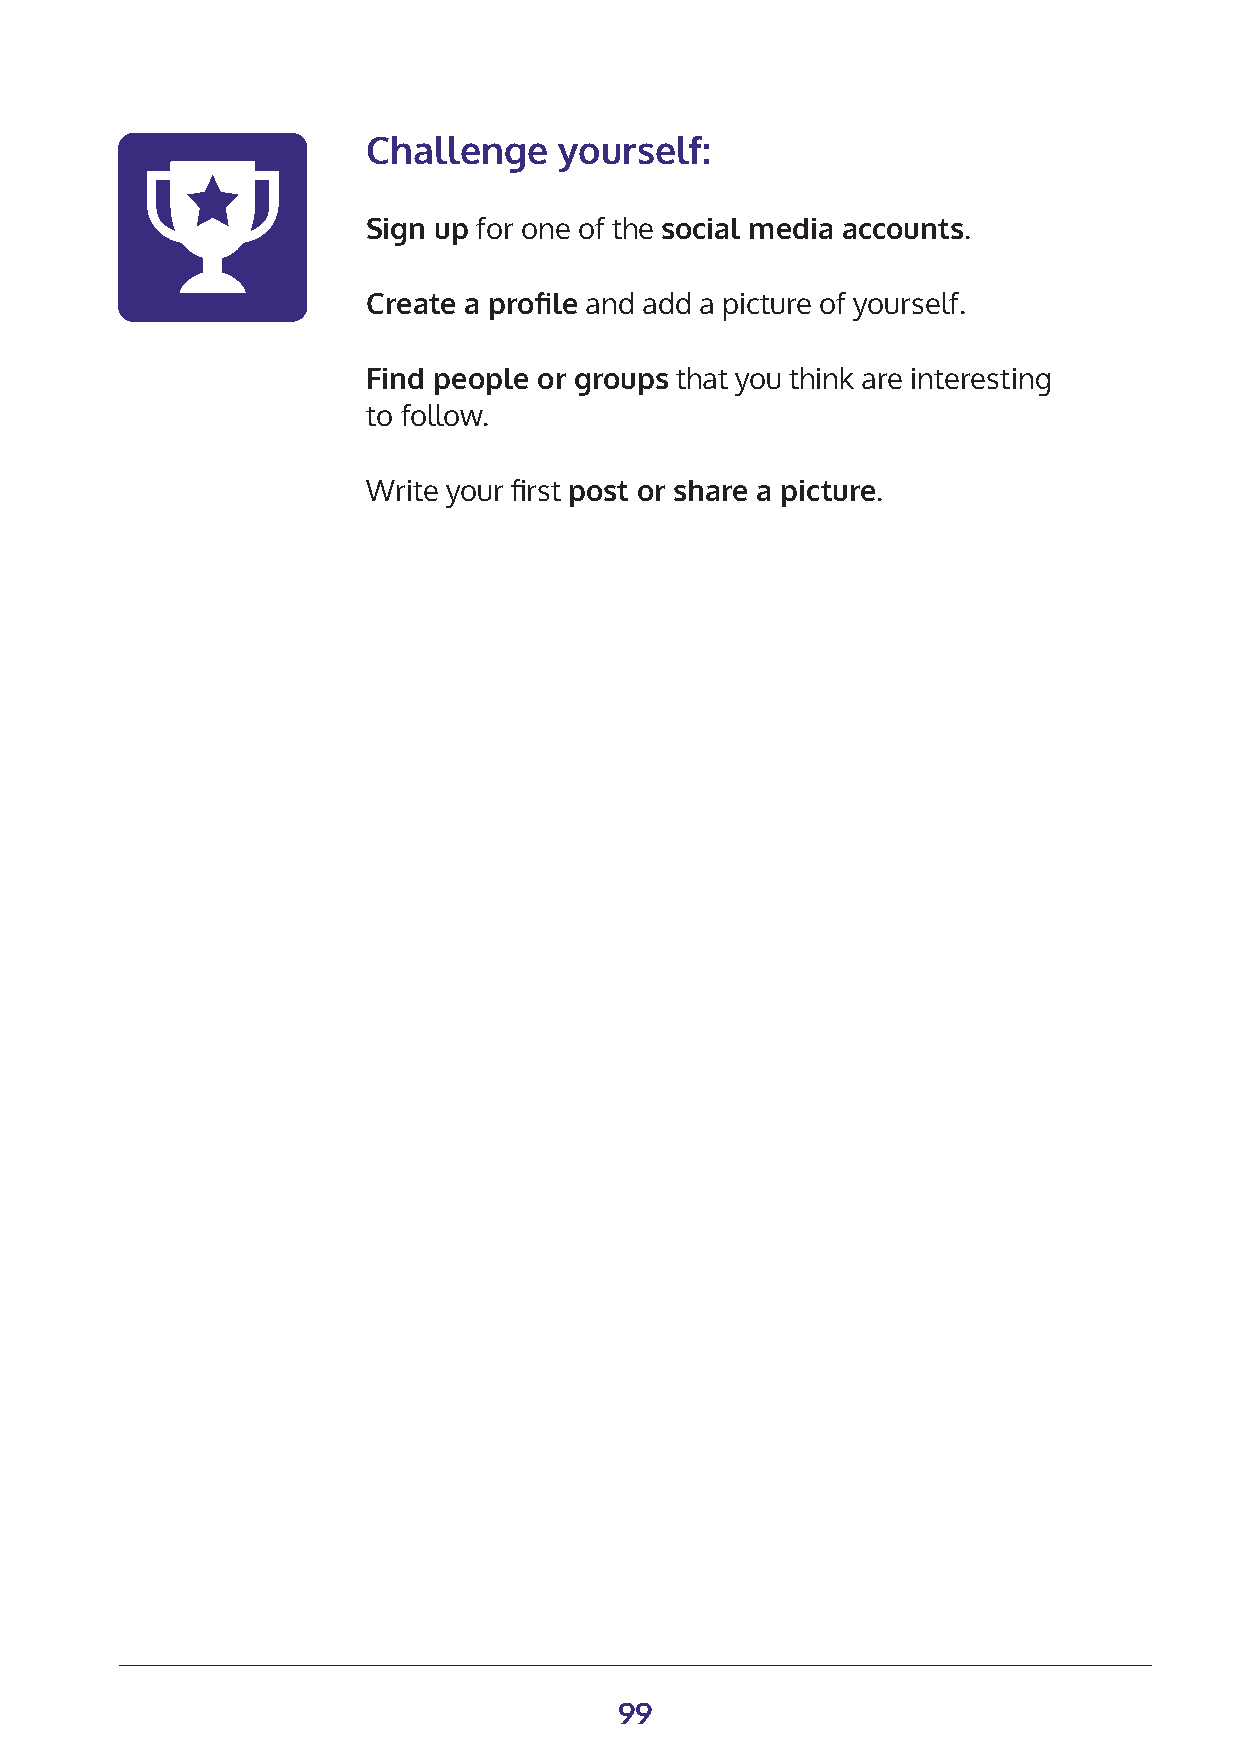
Challenge    yourself:
 Sign up for one of the social media accounts.
 Create a profile and add a picture of yourself.
 Find people or groups that you think are interesting
 to follow.
 Write your first post or share a picture.
 99